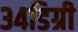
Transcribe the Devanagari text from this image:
३४डिग्री